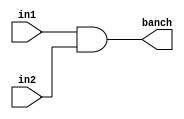
module branch(
    input wire in1,//
    input wire in2,//ALU
    output wire banch
);
    assign banch = in1&in2;
endmodule